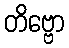
တိဗ္ဗော